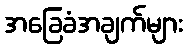
အခြေခံအချက်များ